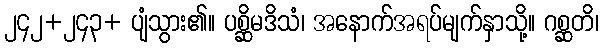
၂၄၂+၂၄၃+ ပျံသွား၏။ ပစ္ဆိမဒိသံ၊ အနောက်အရပ်မျက်နှာသို့။ ဂစ္ဆတိ၊